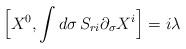
LaTeX: \begin{align*}\Big[X^0, \int d\sigma \, S_{ri} \partial_{\sigma} X^i \Big]=i\lambda\end{align*}